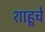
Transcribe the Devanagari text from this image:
शाहूचे